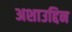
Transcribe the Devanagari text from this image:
अशाउद्दिन